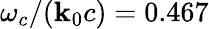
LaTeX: \omega_{c}/{\left(\mathbf{k}_{0}c\right)}=0.467